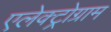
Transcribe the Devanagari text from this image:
एलेक्ट्रोग्राम